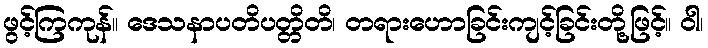
ဖွင့်ကြကုန်။ ဒေသနာပတိပတ္တိတိ၊ တရားဟောခြင်းကျင့်ခြင်းတို့ဖြင့်။ ဝါ၊